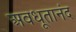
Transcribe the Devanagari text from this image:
अवधूतानंद